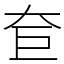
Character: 奆